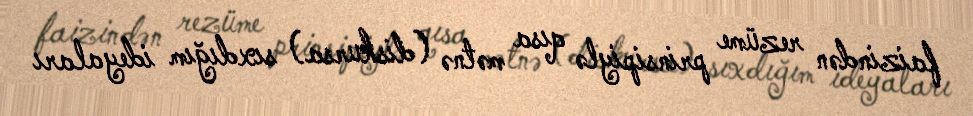
faizindən rezüme prinsipiylə qısa mətnə (diskursa) sıxdığım ideyaları